Jaan_Tonisson_(Lasteleht), lk 470
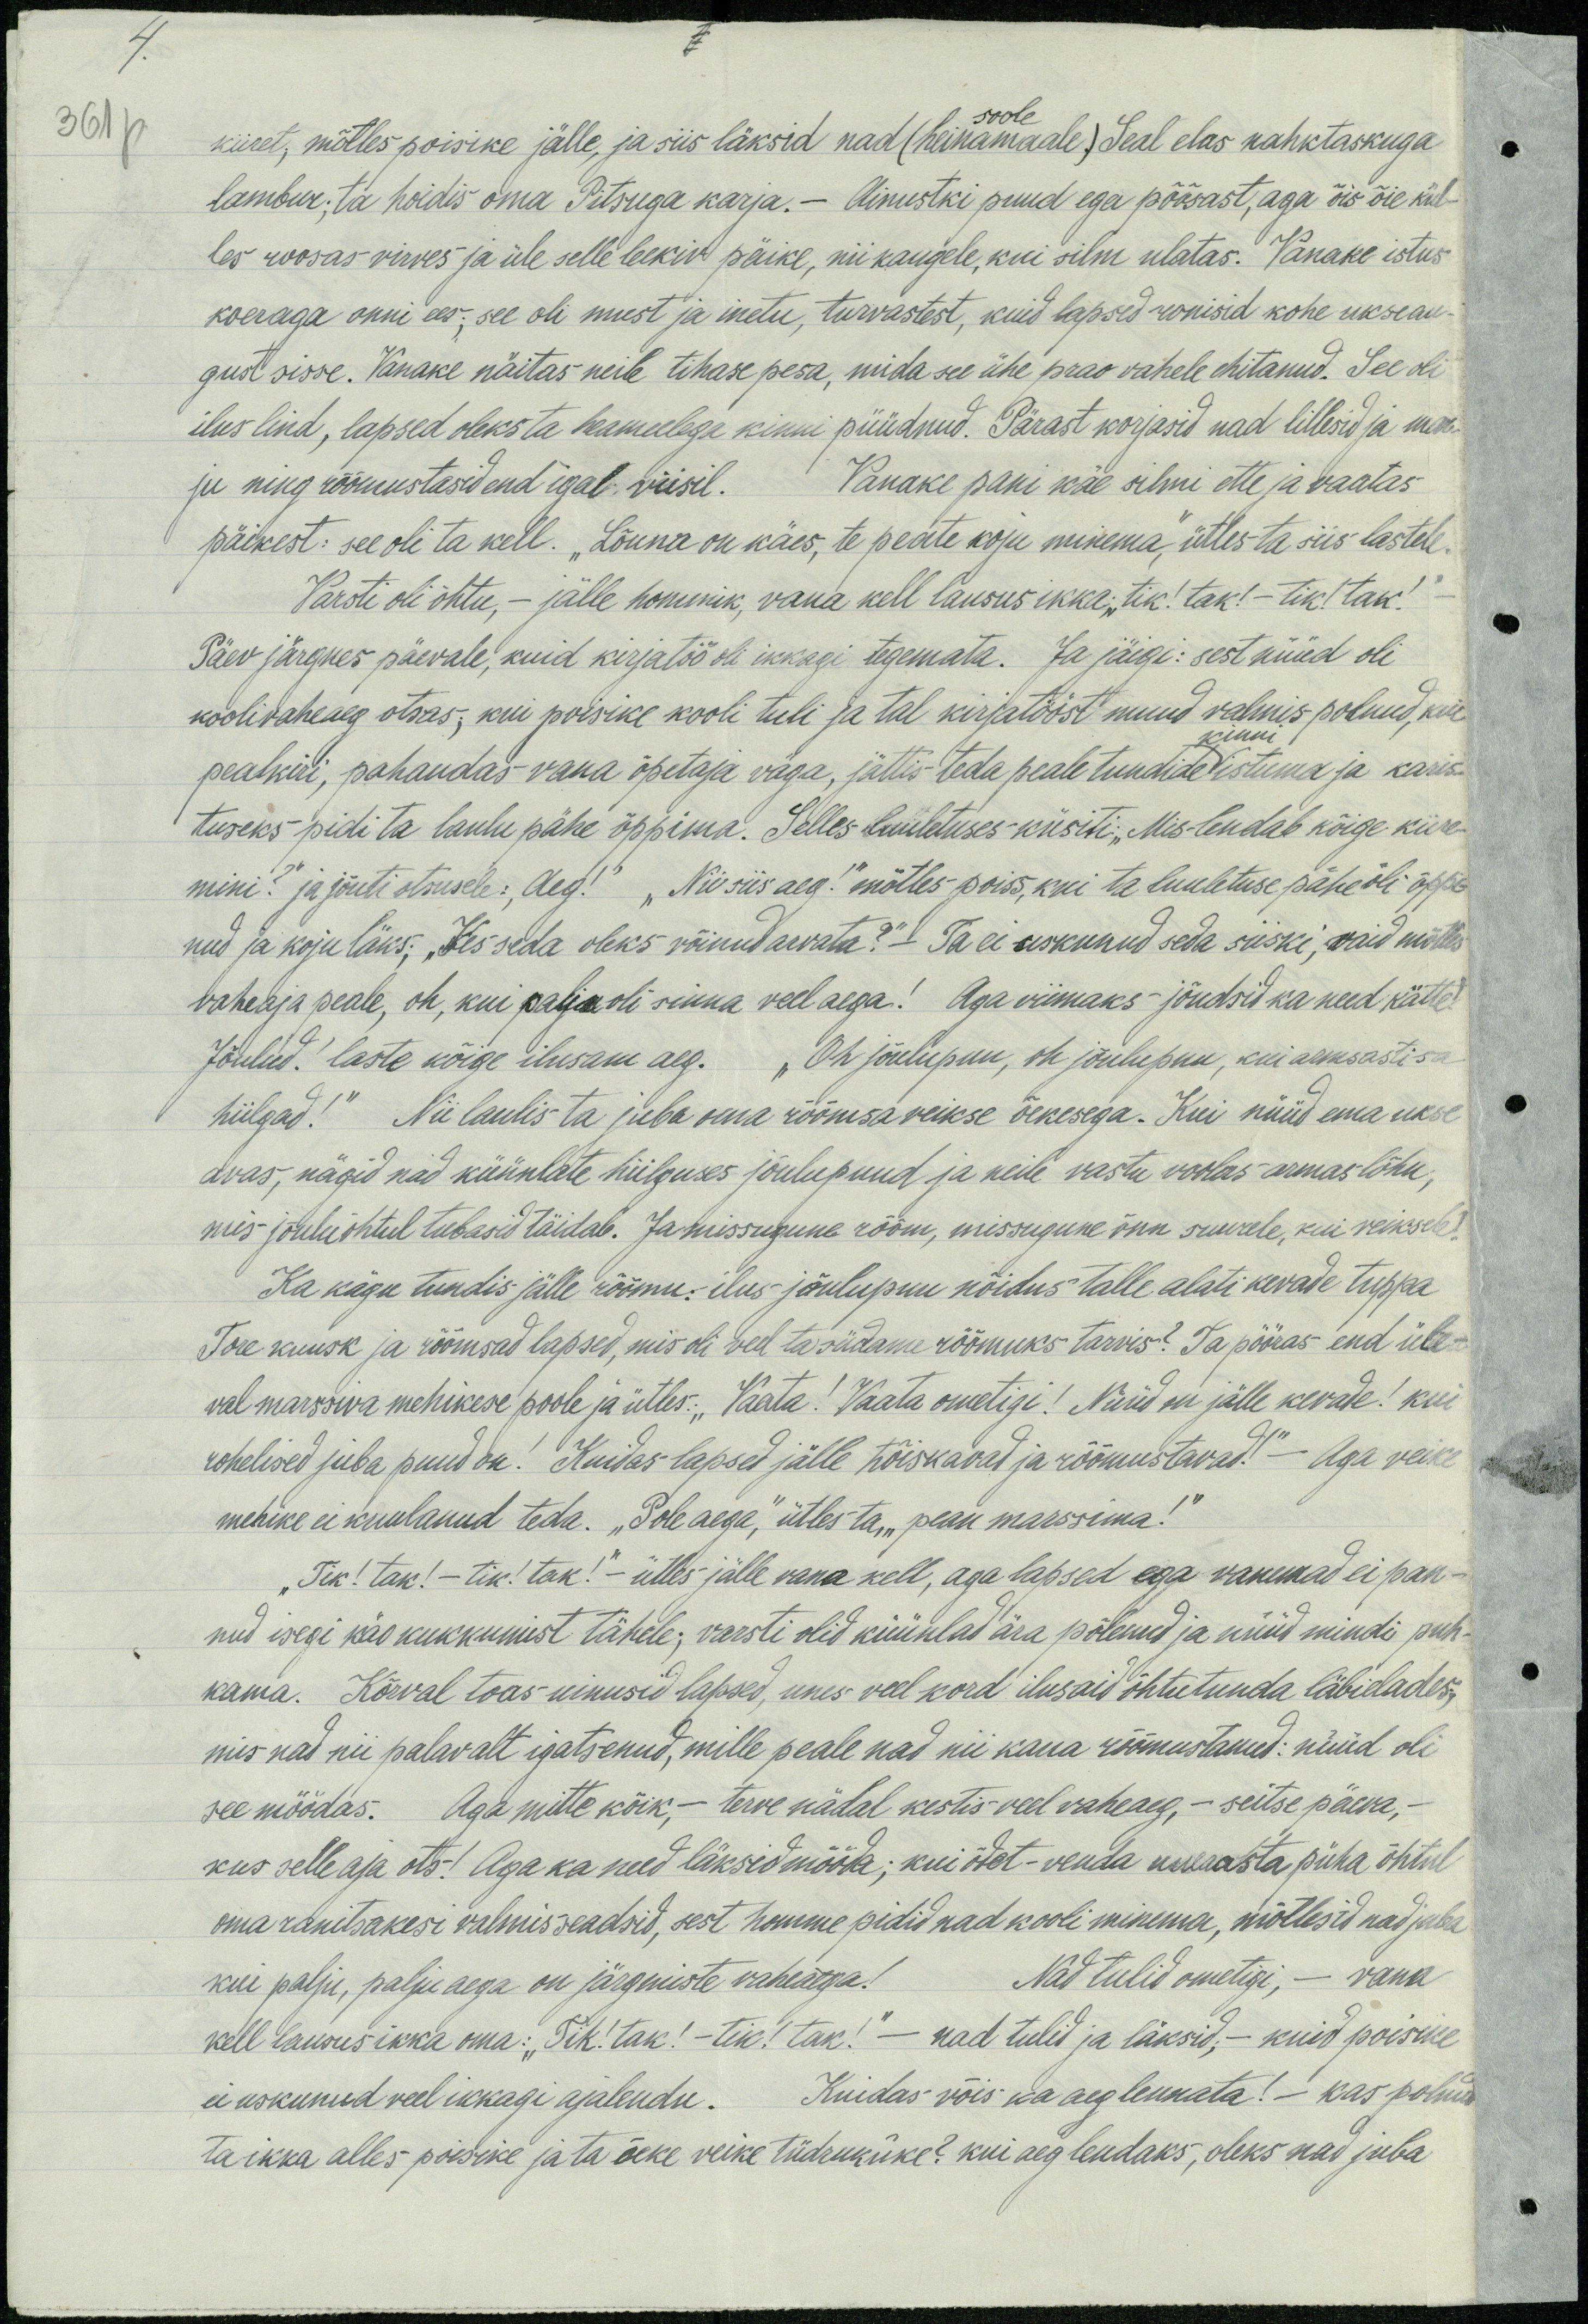
kiiret, mõtles poisike jälle, ja siis läksid nad (heinamaale), Seal elas nahktaskuga
soole.
lambur. ta hoidis oma Pitsuga karja. – Ainustki puud ega põõsast, aga õis õis kül-
les roosas virves ja üle leekiv päike, nii kaugele, kui silm ulatas. Vanake istus
koeraga onni ees; see oli must ja inetu, turvastest, kuid lapsed ronisid kohe ukseau-
gust sisse. Vanake näitas neile tihase pesa, mida see ühe prao vahele ehitanud. See oli
ilus lind, lapsed oleks ta heameelega kinni püüdnud. Pärast korjasid nad lillesid ja mar
ju ning rõõmustasid end igal viisil. Vanake pani käe silmi ette ja vaatas
päikest: see oli ta kell. "Lõuna on käes, te peate koju minema," ütles ta siis lastele,
Varsti oli õhtu, – jälle hommik, vana kell lausus ikka: "tik! tak! - tik! tak!
Päev järgnes päevale, kuid kirjatöö oli ikkegi tegemata. Ja jäigi: sest nüüd oli
koolivaheag otsas; kui poisike kooli tuli ja tal kirjatööst muud valmis polnud, kui-
kinni
pealkiri, pahandas vana õpetaja väga, jättis teda peale tundide istuma ja karis-
tuseks pidi ta laulu pähe õppima. Selles luuletuses-küsiti: "Mis-lendab kõige kiire-
mini?" ja jõuti otsusele: "Aeg!" "Nii siis aeg," mõtles poiss, kui ta luuletuse pähe oli õppi
nud ja koju läks; "Kes seda oleks võinud arvata?" Ta ei uskunud seda siiski, vaid mõtles
vaheaja peale, oh, kui palju oli sinna veel aega! Aga viimaks jõudsid ka need kätte
Jõulud! laste kõige ilusam aeg. "Oh jõulupuu, oh jõulupuu, kui armsasti sa
hiilgad!" Nii laulis ta juba oma rõõmsa veikse õekesega. Kui nüüd ema ukse
avas, nägid nad küünlate hiilguses jõulupuud ja neile vastu voolas armas lõhn,
mis jõuduõhtul tubasid täidab. Ja missugune rõõm, miisugune õnn suurele, kui veiksele!
Ka kägu tundis jälle rõõmu.- ilus jõulupuu nõidus talle alati kevade tuppa
Tore kuusk ja rõõmsad lapsed, mis oli veel ta südame rõõmuks tarvis? Ta pööras end üle-
val marssiva mehikese poole ja ütles: "Vaata! Vaata ometigi! Nüüd on jälle kevade! kui
rohelised juba puud on. Kuidas lapsed jälle hõiskavad ja rõõmustavad." - Aga veike
mehike ei kuulanud teda. "Pole aega," ütles ta „pean marssima!"
„Tik! tak! - tik! tak!“ ütles jälle vana kell, aga lapsed ega vanemad ei pan-
nud isegi käo kukkumist tähele; varsti olid küünlad ära põlenud ja nüüd mindi puh-
kama. Kõrval toas uinusid lapsed, unes veel kord ilusaid õhtutunda läbielades,
mis nad nii palavalt igatsenud, mille peale nad nii kaua rõõmustanud: nüüd oli
see möödas. Aga mitte kõik, - terve nädal kestis veel vaheaeg, - seitse päeva, -
kus selle aja ots! Aga ka need läksid mööda; kui õdet - venda uueaasta püha õhtul
oma ranitsakesi valmis seadsid, sest homme pidid nad kooli minema, mõtlesid nad juba
kui palju, palju aega on järgmiste vaheaega! Nad tulid ometigi, - vana
kell lausus ikka oma: "Tik! tak! - tik! tak! - nad tulid ja läksid, - kuid poisike
ei uskunud veel ikkagi ajalendu. Kuidas võis ka aeg lennata! - kas polnud
ta ikka alles poisike ja ta õeke veike tüdrukuke? kui aeg lendaks, oleks nad juba

361 p